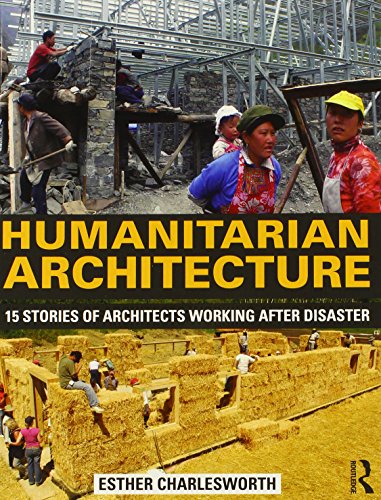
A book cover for Humanitarian Architecture: 15 stories of architects working after disaster; Esther Charlesworth; Arts & Photography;